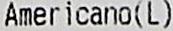
AMERICANO(L)